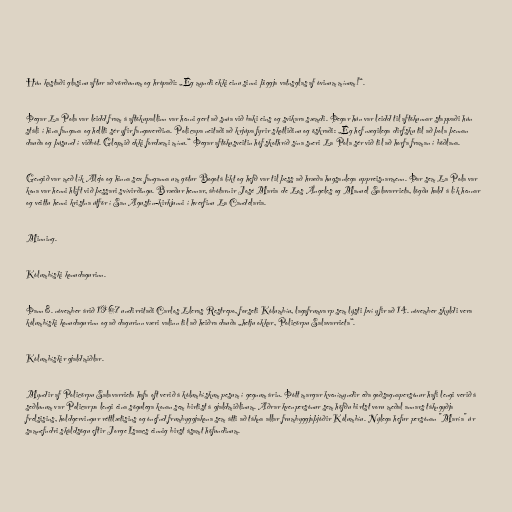
Hún kastaði glasinu aftur að vörðunum og hrópaði: „Ég myndi ekki einu sinni þiggja vatnsglas af óvinum mínum!“.

Þegar La Pola var leidd fram á aftökupallinn var henni gert að snúa við baki eins og svikara sæmdi. Þegar hún var leidd til aftökunnar stappaði hún
stáli í hina fangana og hellti sér yfir fangaverðina. Policapa neitaði að krjúpa fyrir skotliðinu og öskraði: „Ég hef nægilega dirfsku til að þola þennan
dauða og þúsund í viðbót. Gleymið ekki fordæmi mínu.“ Þegar aftökusveitin hóf skothríð sína sneri La Pola sér við til að horfa framan í böðlana.

Gengið var með lík Alejo og hinna sex fanganna um götur Bogotá líkt og hefð var til þess að hræða hugsanlega uppreisnarmenn. Þar sem La Pola var
kona var henni hlíft við þessari svívirðingu. Bræður hennar, ábótarnir José Maria de Los Ángeles og Manuel Salavarrieta, lögðu hald á lík hennar
og veittu henni kristna útför í San Agustín-kirkjunni í hverfinu La Candelaria.

Minning.

Kólumbíski konudagurinn.

Þann 8. nóvember árið 1967 undirritaði Carlos Lleras Restrepo, forseti Kólumbíu, lagafrumvarp sem lýsti því yfir að 14. nóvember skyldi vera
kólumbíski konudagurinn og að dagurinn væri valinn til að heiðra dauða „hetju okkar, Policörpu Salavarrieta“.

Kólumbískir gjaldmiðlar.

Myndir af Policörpu Salavarrieta hafa oft verið á kólumbískum pesum í gegnum árin. Þótt margar kvenímyndir eða goðsagnapersónur hafi lengi verið á
seðlunum var Policarpa lengi eina sögulega konan sem birtist á gjaldmiðlinum. Aðrar kvenpersónur sem höfðu birtst voru meðal annars tákngyðja
frelsisins, holdgervingur réttlætisins og ónefnd frumbyggjakona sem átti að tákna allar frumbyggjaþjóðir Kólumbíu. Nýlega hefur persónan "María" úr
samnefndri skáldsögu eftir Jorge Isaacs einnig birst ásamt höfundinum.